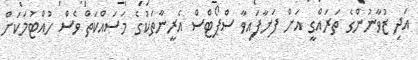
އަދި ޒުވާނުންގެ ތަރައްގީ އަށް ފަށާފައިވާ ސްޕޯޓްސް އެރީނާތަކުގެ މަސައްކަތް ވެސް ހުއްޓުމަކަށް